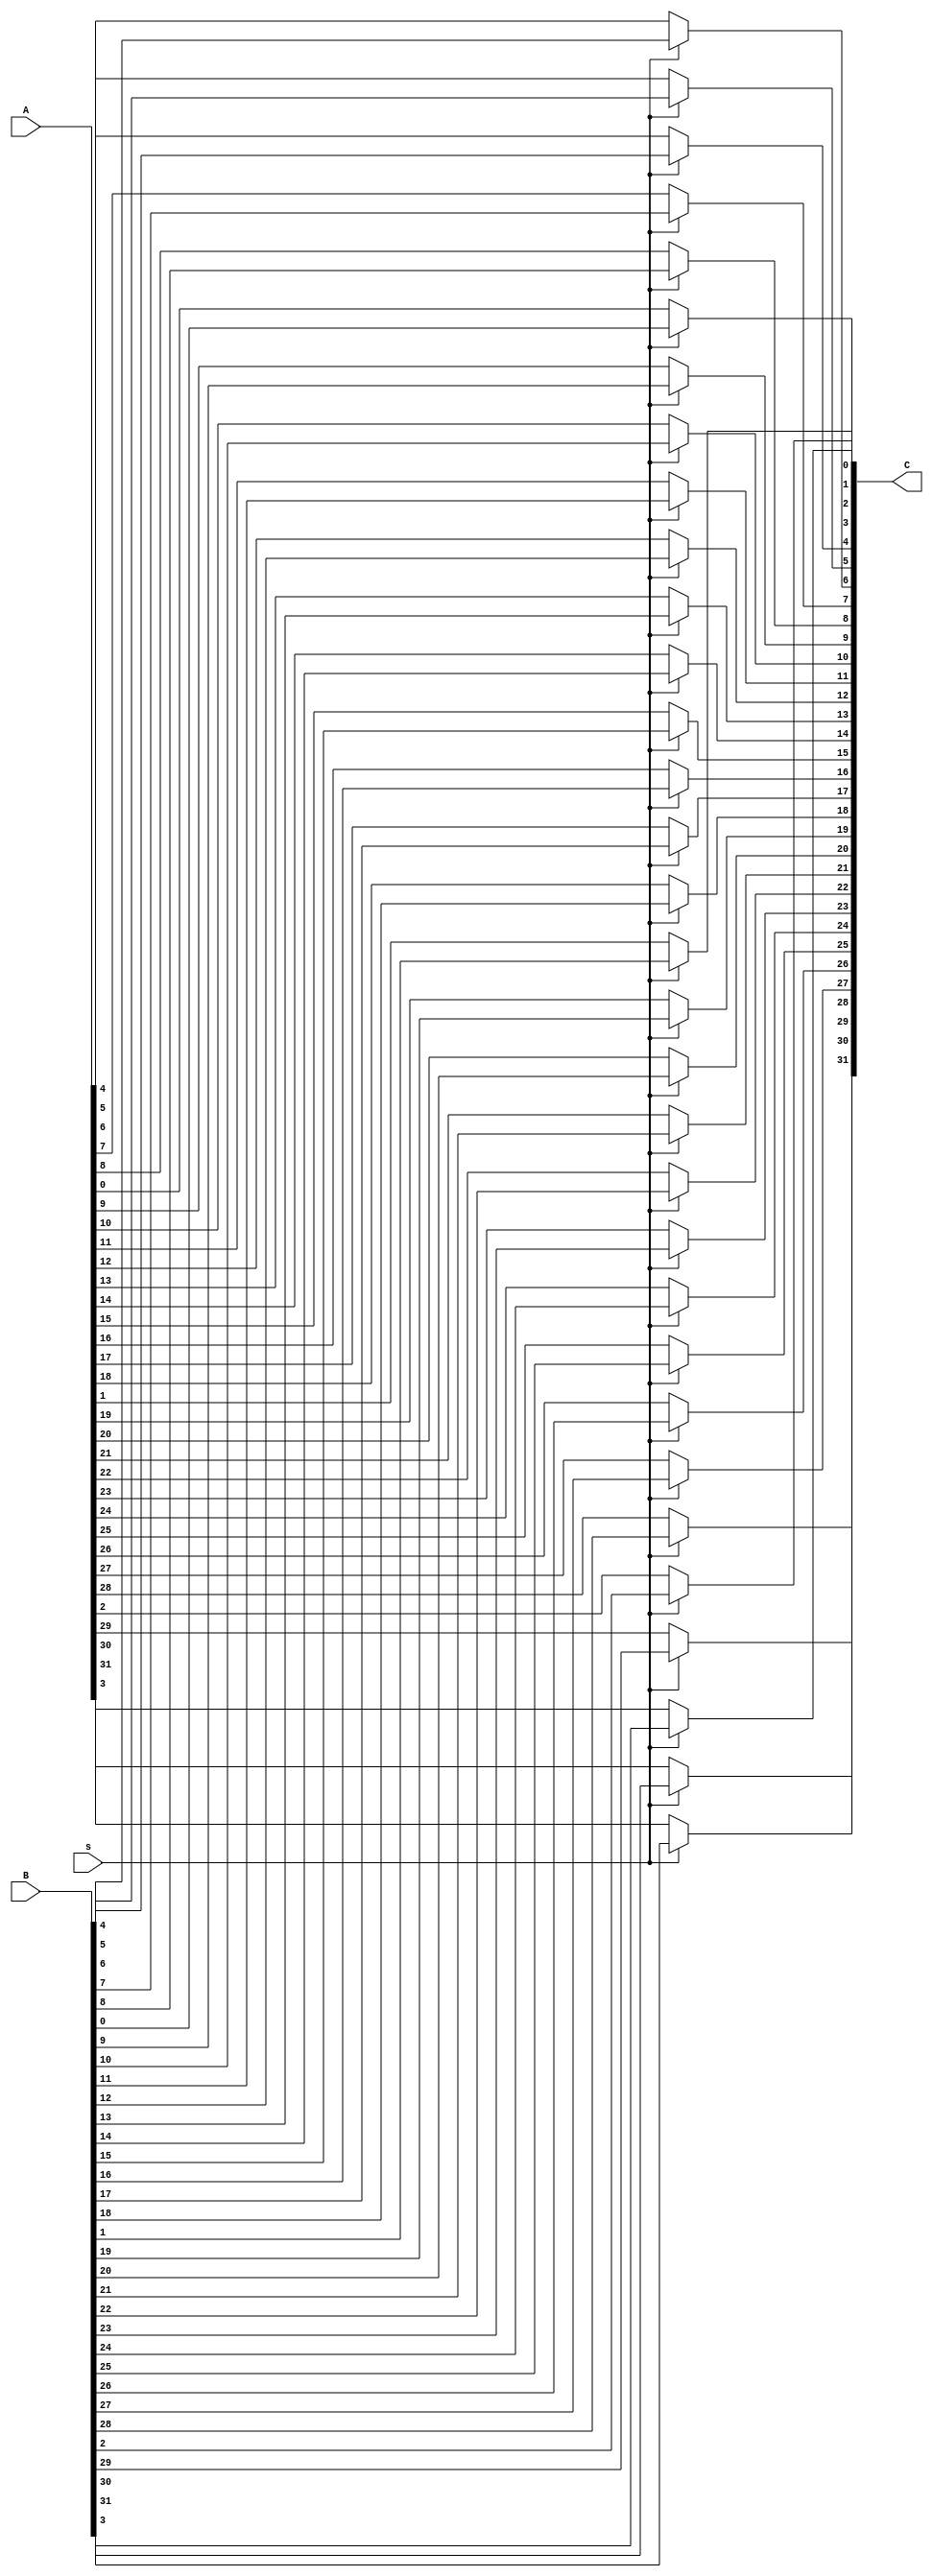
module multiplexer #(parameter n=32) (input [n-1:0]A,input [n-1:0]B, input s,output [n-1:0]C);
  genvar i;
  generate
	for (i = 0; i < n; i = i + 1) begin
      	assign C[i]=(s==0)? A[i]:B[i];
	end
  endgenerate
endmodule